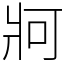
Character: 牁